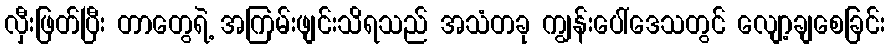
လှီးဖြတ်ပြီး တာတွေရဲ့ အကြမ်းဖျင်းသိရသည် အသံတခု ကျွန်းပေါ်ဒေသတွင် လျော့ချစေခြင်း